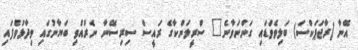
އޭނާ (ރާޖަޕަކްސަ) ބަލިވެވަޑައި ގަންނަވާނެ" ސްރީލަންކާގެ ރައީސް ސިރިސޭނާ ނެރުއްވި ބަޔާނުގައި ވިދާޅުވެފައި